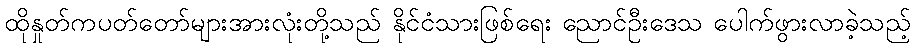
ထိုနှုတ်ကပတ်တော်များအားလုံးတို့သည် နိုင်ငံသားဖြစ်ရေး ညောင်ဦးဒေသ ပေါက်ဖွားလာခဲ့သည့်